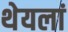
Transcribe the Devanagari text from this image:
थेयलां